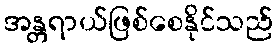
အန္တရာယ်ဖြစ်စေနိုင်သည်